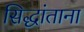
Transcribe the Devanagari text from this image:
सिद्धांताना